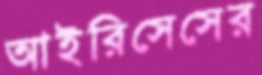
আইরিসেসের